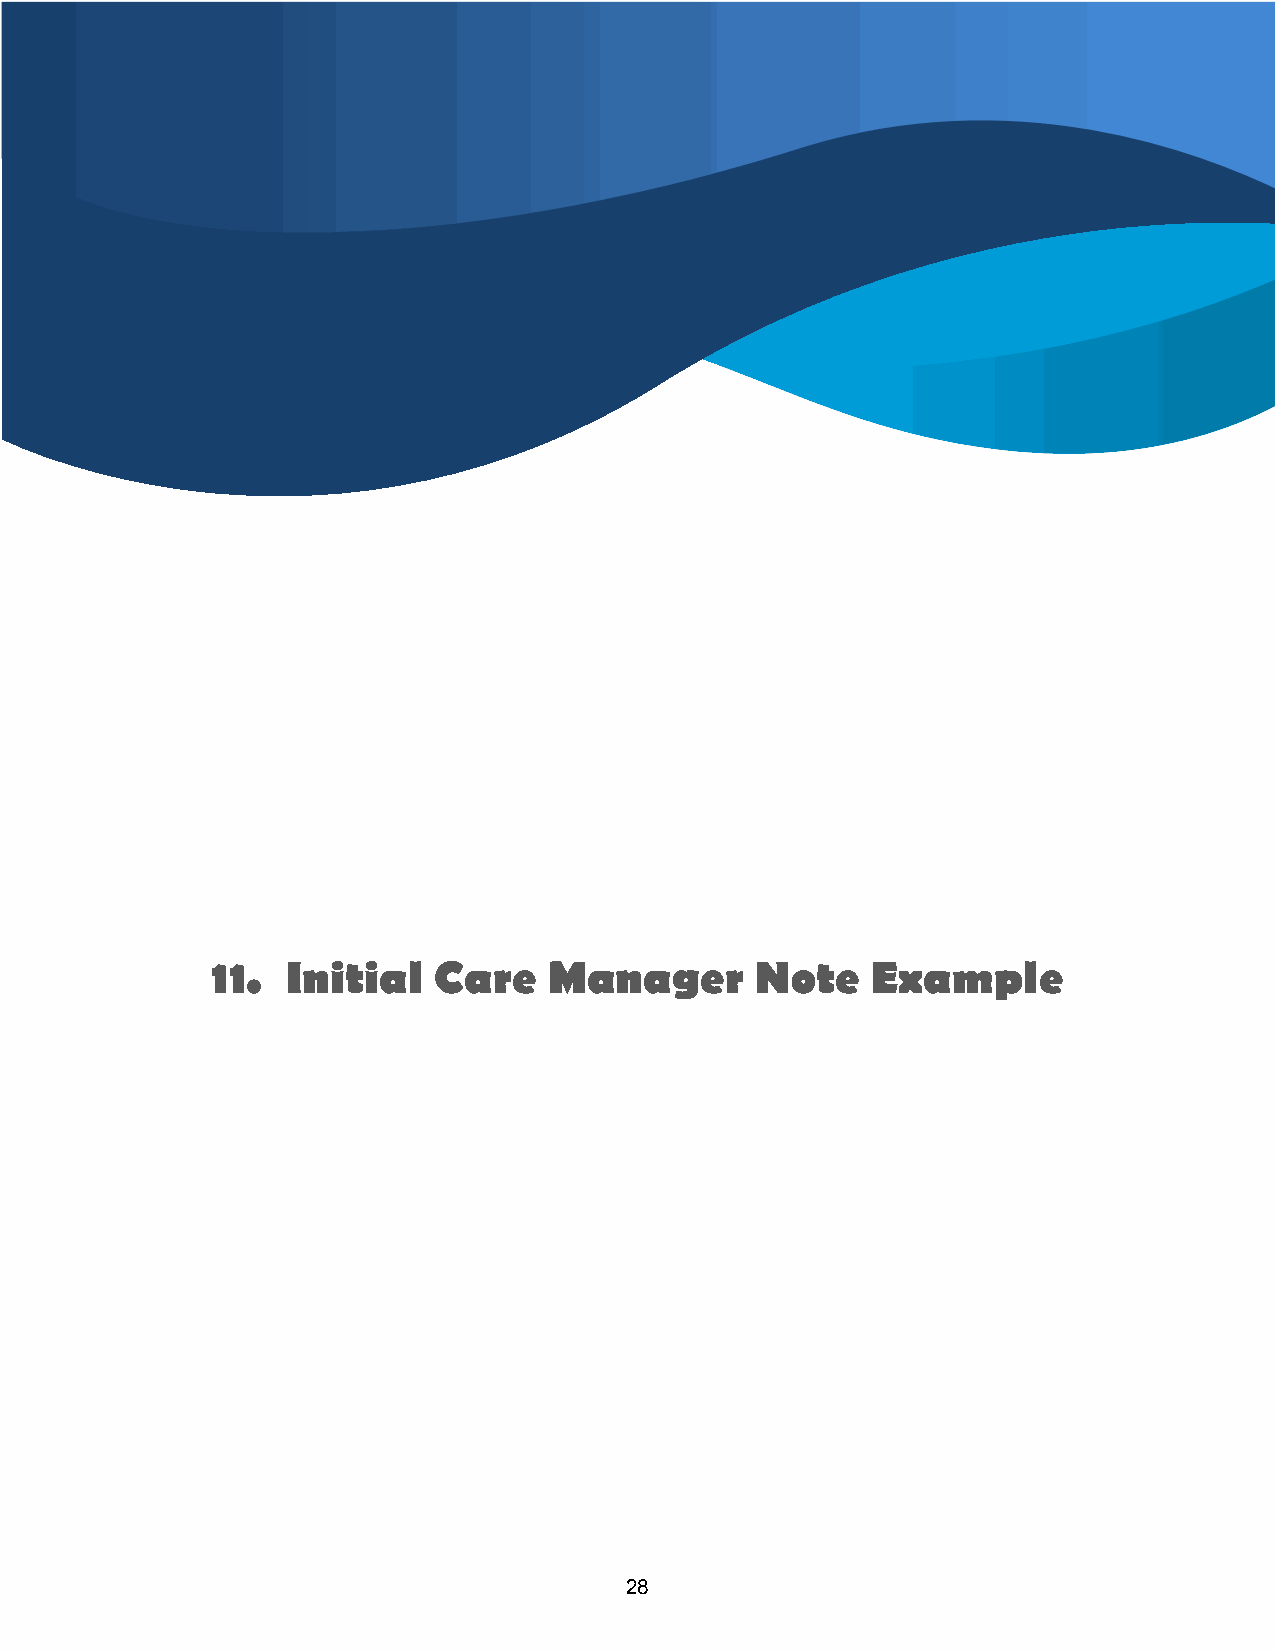
11.  Initial   Care   Manager       Note    Example
 28